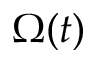
\Omega ( t )